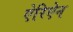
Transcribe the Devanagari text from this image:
ऐरिऐन